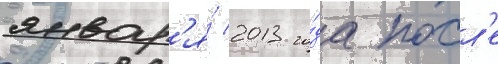
январ'я́ 2013 го́да посл'е